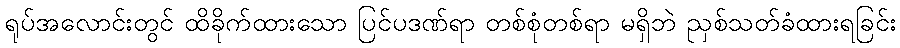
ရုပ်အလောင်းတွင် ထိခိုက်ထားသော ပြင်ပဒဏ်ရာ တစ်စုံတစ်ရာ မရှိဘဲ ညှစ်သတ်ခံထားရခြင်း